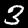
Label: 3